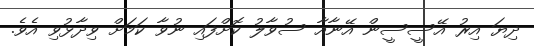
ދިޔަ އިރު އޭސީސީން އޭނާއާ ސުވާލު ކޮށްފައި ނުވާ ކަމަށް ވިދާޅުވި އެވެ.